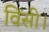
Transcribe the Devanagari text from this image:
विंसी।